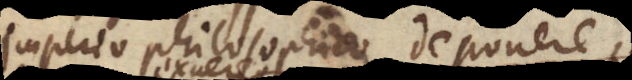
imperio philosophico deponere,